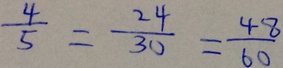
\frac { 4 } { 5 } = \frac { 2 4 } { 3 0 } = \frac { 4 8 } { 6 0 }